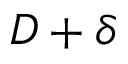
D + \delta